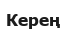
Керең